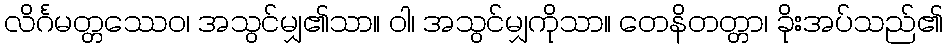
လိင်္ဂမတ္တဿေဝ၊ အသွင်မျှ၏သာ။ ဝါ၊ အသွင်မျှကိုသာ။ တေနိတတ္တာ၊ ခိုးအပ်သည်၏